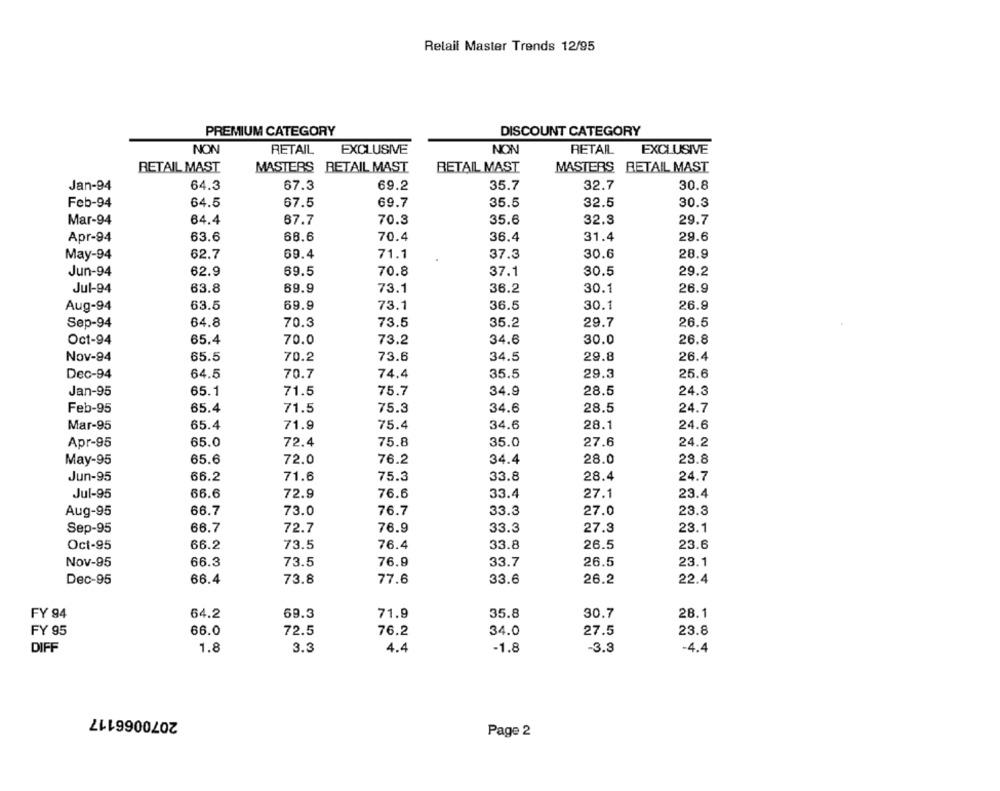
Retail Master Trends 12/95
PREMIUM CATEGORY
DISCOUNT CATEGORY
NON
RETAIL
EXCLUSIVE
NON
RETAIL
EXCLUSIVE
RETAIL MAST
MASTERS RETAIL MAST
BETAIL MAST
MASTERS RETAIL MAST
Jan-94
64.3
67.3
69.2
35.7
32.7
30.8
Feb-94
64.5
67.5
69.7
35.5
32.5
30.3
Mar-94
64.4
67.7
70.3
35.6
32.3
29.7
Apr-94
63.6
66.6
70.4
36.4
31.4
29.6
71.1
30.6
28.9
May-94
62.7
69.4
37.3
Jun-94
62.9
69.5
70.8
37.1
30.5
29.2
Jul-94
63.8
69.9
73.1
36.2
30.1
26.9
Aug-94
63.5
69.9
73.1
36.5
30.1
26.9
Sep-94
64.8
70.3
73.5
35.2
29.7
26.5
Oct-94
65.4
70.0
73.2
34.6
30.0
26.8
Nov-94
73.6
29.8
26.4
65.5
70.2
34.5
Dec-94
64.5
70.7
74.4
35.5
29.3
25.6
Jan-95
65.1
71.5
75.7
34.9
28.5
24.3
Feb-95
65.4
71.5
75.3
34.6
28.5
24.7
Mar-95
65.4
71.9
75.4
34.6
28.1
24.6
Apr-95
65.0
72.4
75.8
35.0
27.6
24.2
65.6
72.0
76.2
34.4
28.0
28.8
May-95
Jun-95
66.2
71.6
75.3
33.8
28.4
24.7
Jul-95
66.6
72.9
76.6
33.4
27.1
23.4
Aug-95
66.7
73.0
76.7
33.3
27.0
23.3
Sep-95
66.7
72.7
76.9
33.3
27.3
23.1
Oct-95
66.2
73.5
76.4
33.8
26.5
23.6
Nov-95
66.3
73.5
76.9
33.7
26.5
23.1
Dec-95
66.4
73.8
77.6
33.6
26.2
22.4
FY 94
64.2
69.3
71.9
35.8
30.7
28.1
FY 95
66.0
72.5
76.2
34.0
27.5
23.8
DIFF
1.8
3.3
4.4
-1.8
-3.3
-4.4
2070066117
Page 2